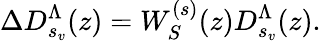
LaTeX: \Delta D_{s_{v}}^{\Lambda}(z)=W_{S}^{(s)}(z)D_{s_{v}}^{\Lambda}(z).